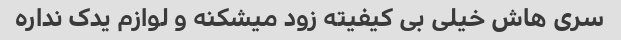
سری هاش خیلی بی کیفیته زود میشکنه و لوازم یدک نداره